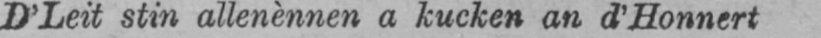
D’Leit stin allenènnen a kucken an d’Honnert